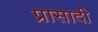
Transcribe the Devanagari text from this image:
प्रासादी